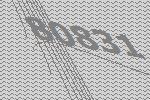
80831